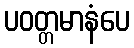
ပဝတ္တမာနံပေ